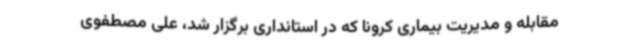
مقابله و مدیریت بیماری کرونا که در استانداری برگزار شد، علی مصطفوی